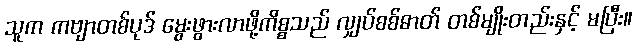
သူက ကဗျာတစ်ပုဒ် မွေးဖွားလာဖို့ကိစ္စသည် လျှပ်စစ်ဓာတ် တစ်မျိုးတည်းနှင့် မပြီး။